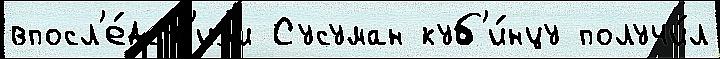
впосл'е́дств'иjи Сусуман куб'и́нцу получи́л